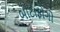
બોટાફોગો